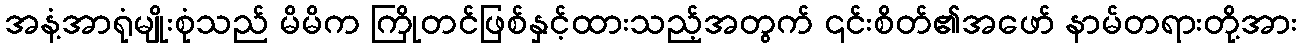
အနံ့အာရုံမျိုးစုံသည် မိမိက ကြိုတင်ဖြစ်နှင့်ထားသည့်အတွက် ၎င်းစိတ်၏အဖော် နာမ်တရားတို့အား